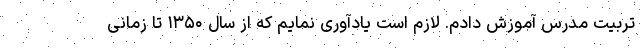
تربیت مدرس آموزش دادم. لازم است یادآوری نمایم که از سال ۱۳۵۰ تا زمانی